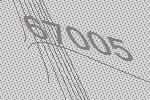
67005